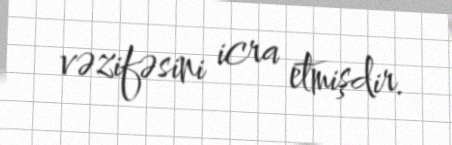
vəzifəsini icra etmişdir.